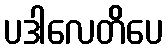
ပဒါလေတိပေ